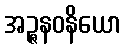
အဉ္ဇနဝနိယော